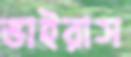
ভাইরাস